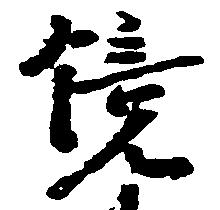
鏡